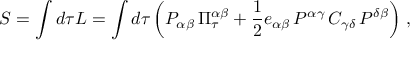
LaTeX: S = \int d \tau L = \int d \tau \left( P _ { \alpha \beta } \, \Pi _ { \tau } ^ { \alpha \beta } + { \frac { 1 } { 2 } } e _ { \alpha \beta } \, P ^ { \alpha \gamma } \, C _ { \gamma \delta } \, P ^ { \delta \beta } \right) \, ,